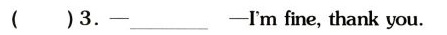
( )3.-——_________ -——I'mfine,thank you.